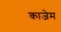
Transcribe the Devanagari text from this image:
काजेम